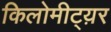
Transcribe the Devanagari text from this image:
किलोमीट्य़र